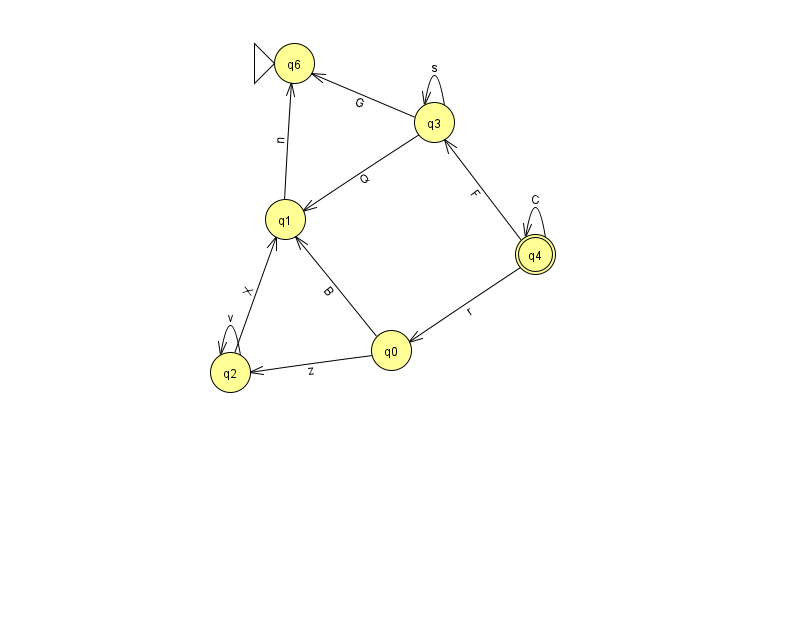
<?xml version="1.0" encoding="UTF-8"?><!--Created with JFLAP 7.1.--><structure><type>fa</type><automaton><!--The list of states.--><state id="0" name="q0"><x>391.0</x><y>337.0</y></state><state id="1" name="q1"><x>285.0</x><y>206.0</y></state><state id="2" name="q2"><x>230.0</x><y>359.0</y></state><state id="3" name="q3"><x>434.0</x><y>109.0</y></state><state id="4" name="q4"><x>535.0</x><y>241.0</y><final/></state><state id="6" name="q6"><x>294.0</x><y>50.0</y><initial/></state><!--The list of transitions.--><transition><from>3</from><to>3</to><read>s</read></transition><transition><from>4</from><to>4</to><read>C</read></transition><transition><from>2</from><to>1</to><read>X</read></transition><transition><from>4</from><to>0</to><read>r</read></transition><transition><from>2</from><to>2</to><read>v</read></transition><transition><from>4</from><to>3</to><read>F</read></transition><transition><from>0</from><to>1</to><read>B</read></transition><transition><from>3</from><to>6</to><read>G</read></transition><transition><from>0</from><to>2</to><read>z</read></transition><transition><from>3</from><to>1</to><read>Q</read></transition><transition><from>1</from><to>6</to><read>n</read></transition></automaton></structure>